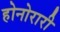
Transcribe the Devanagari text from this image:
होनोरारी